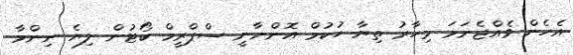
އެހެން ވެއްޖެނަމަ މިހާރު ތިޔާ ހުކުމް އޮންނާނީ ސްޕްރީމް ކޯޓުން ލިޔެ ނިންމާ